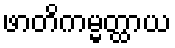
ဖာတိကမ္မတ္ထာယ